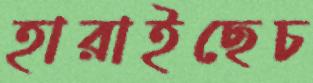
হারাইছেচ